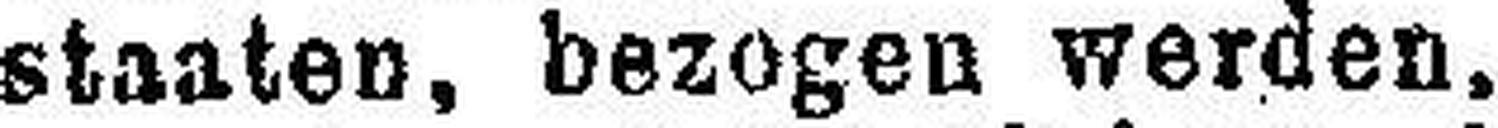
staaten, bezogen werden.